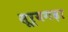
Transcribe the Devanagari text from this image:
सूर्यगढ़ा